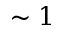
\sim 1